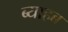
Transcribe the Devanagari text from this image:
ब्याहब